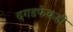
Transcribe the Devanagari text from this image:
दगडफेकही